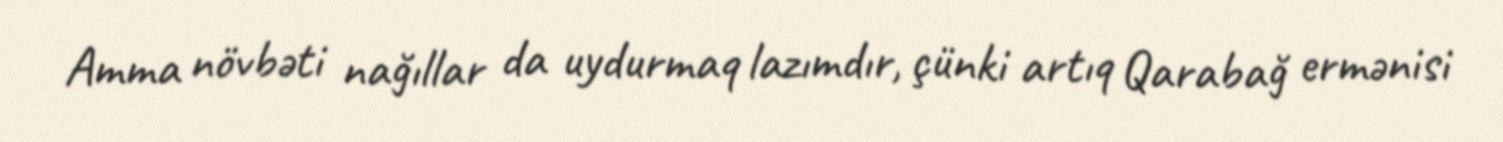
Amma növbəti nağıllar da uydurmaq lazımdır, çünki artıq Qarabağ ermənisi